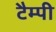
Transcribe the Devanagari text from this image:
टैम्पी